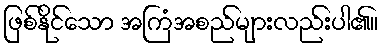
ဖြစ်နိုင်သော အကြံအစည်များလည်းပါ၏။